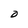
Character: O